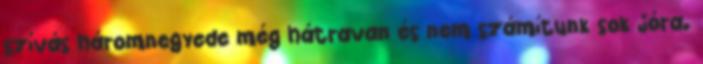
szívás háromnegyede még hátravan és nem számítunk sok jóra.